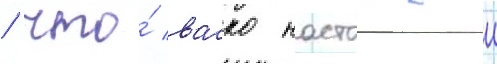
/ что́ васко настоащии